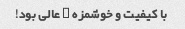
با کیفیت و خوشمزه … عالی بود!